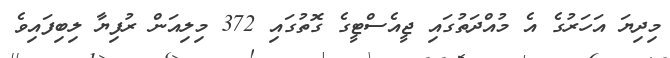
މިދިޔަ އަހަރުގެ އެ މުއްދަތުގައި ޖީއެސްޓީގެ ގޮތުގައި 372 މިލިއަން ރުފިޔާ ލިބިފައިވެ